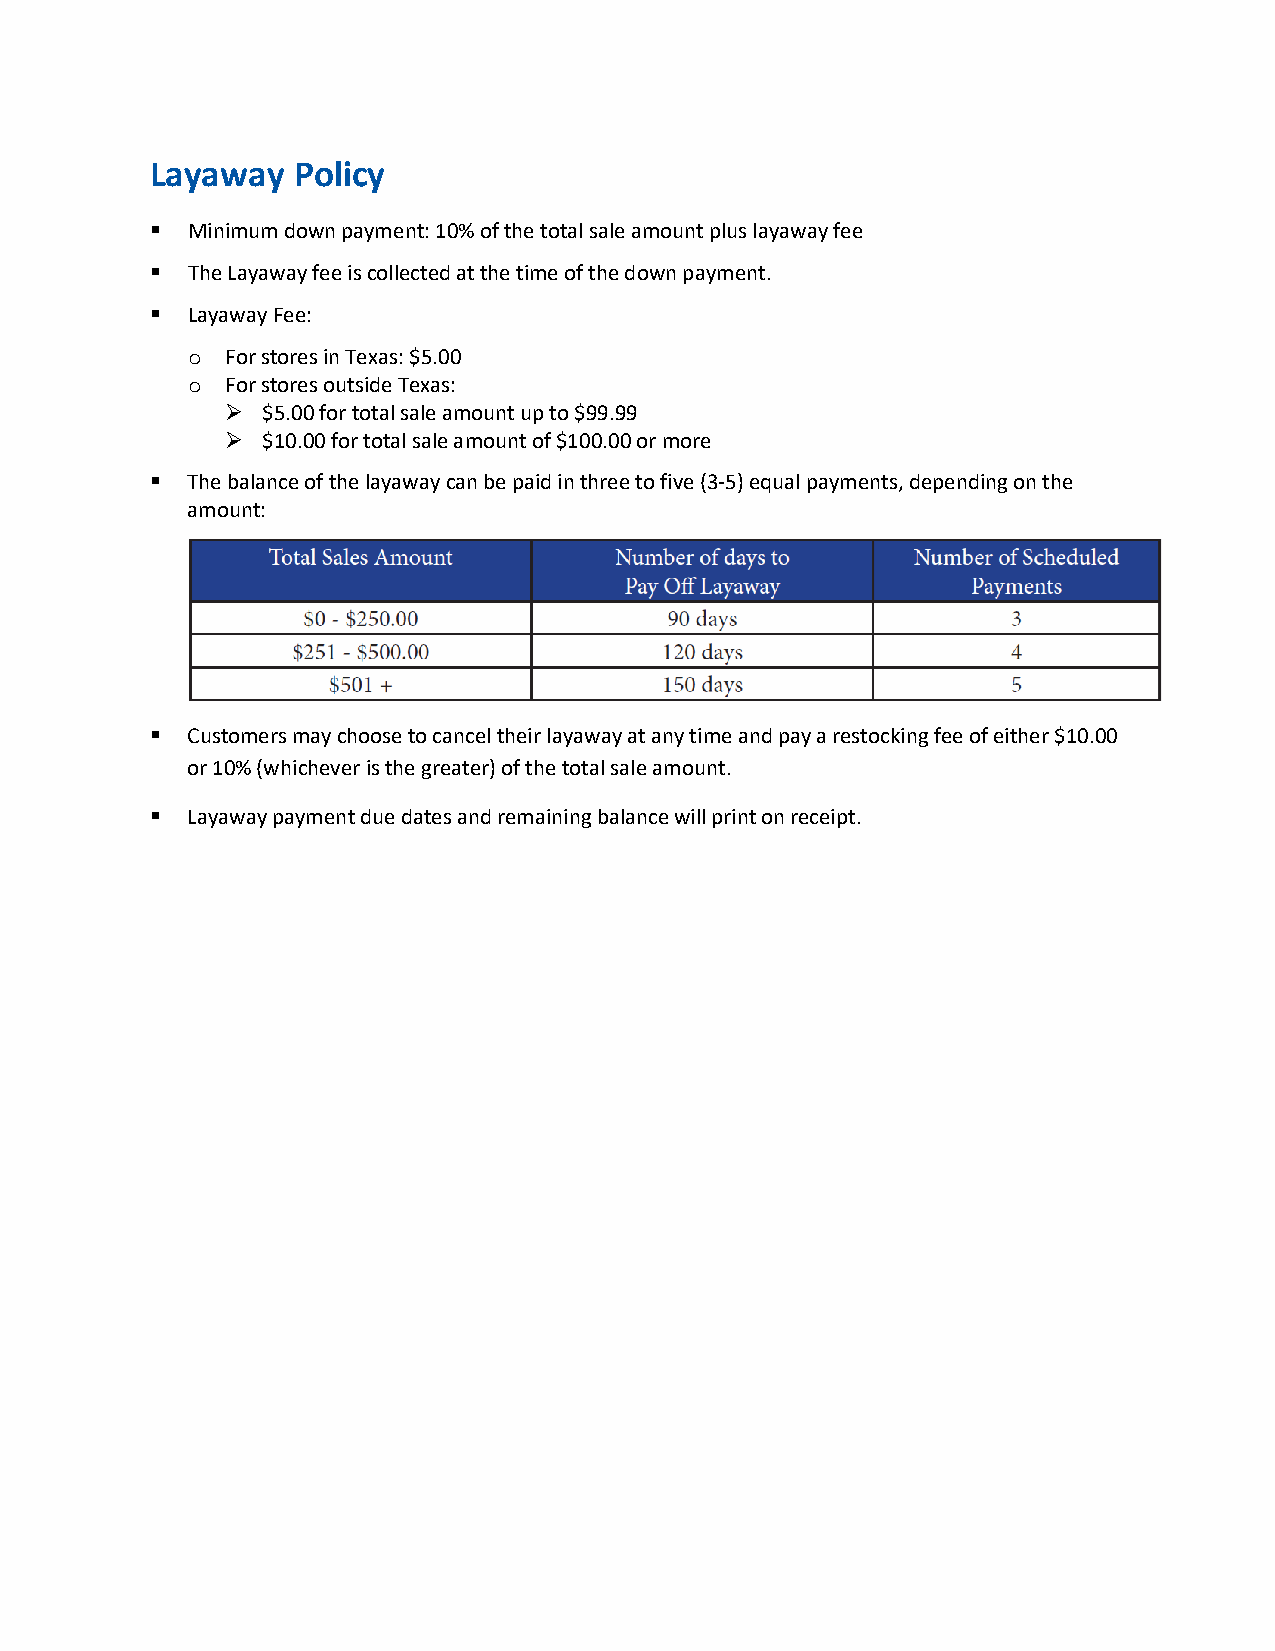
Layaway  Policy
 ▪ Minimum down payment: 10% of the total sale amount plus layaway fee
 ▪ The Layaway fee is collected at the time of the down payment.
 ▪ Layaway Fee:
 o  For stores in Texas: $5.00
 o  For stores outside Texas:
 ➢ $5.00 for total sale amount up to $99.99
 ➢ $10.00 for total sale amount of $100.00 or more
 ▪ The balance of the layaway can be paid in three to five (3-5) equal payments, depending on the
 amount:
 ▪ Customers may choose to cancel their layaway at any time and pay a restocking fee of either $10.00
 or 10% (whichever is the greater) of the total sale amount.
 ▪ Layaway payment due dates and remaining balance will print on receipt.